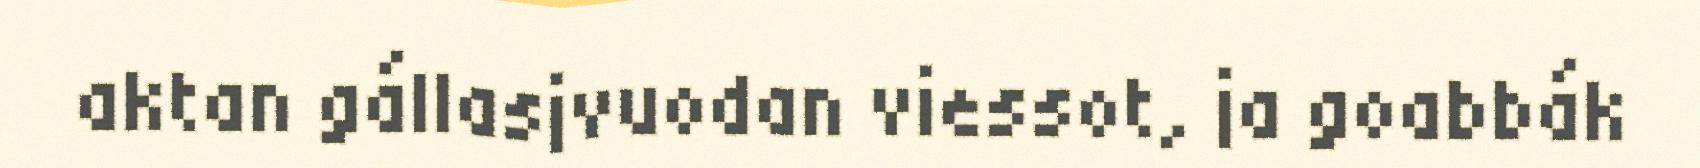
aktan gállasjvuodan viessot, ja goabbák